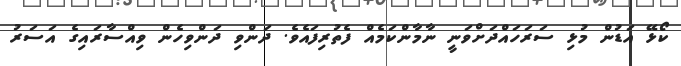
ކޯޅޭ އަޑުން މުޅި ސަރަހައްދަށްވަނީ ނާމާންކަމެއް ފެތުރިފައެވެ. ދަންވި ދަންވިހެން ވިއްސާރައިގެ އަަސަރު